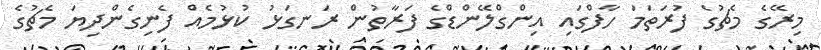
މިރޭގެ މެޗުގެ ފުރަތަމަ ހާފްގައި އިންގްލޭންޑްގެ ފަރާތުން ރަނގަޅު ކުޅުމެއް ފެނިގެންދިޔަ މެޗުގެ